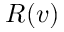
R ( v )